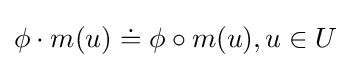
\phi \cdot m(u)\doteq \phi \circ m(u),u\in U